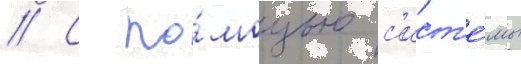
// С по́мощью с'ист'е́мы